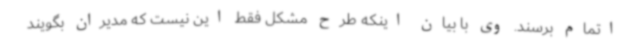
اتمام برسند. وی با بیان اینکه طرح مشکل فقط این نیست که مدیران بگویند